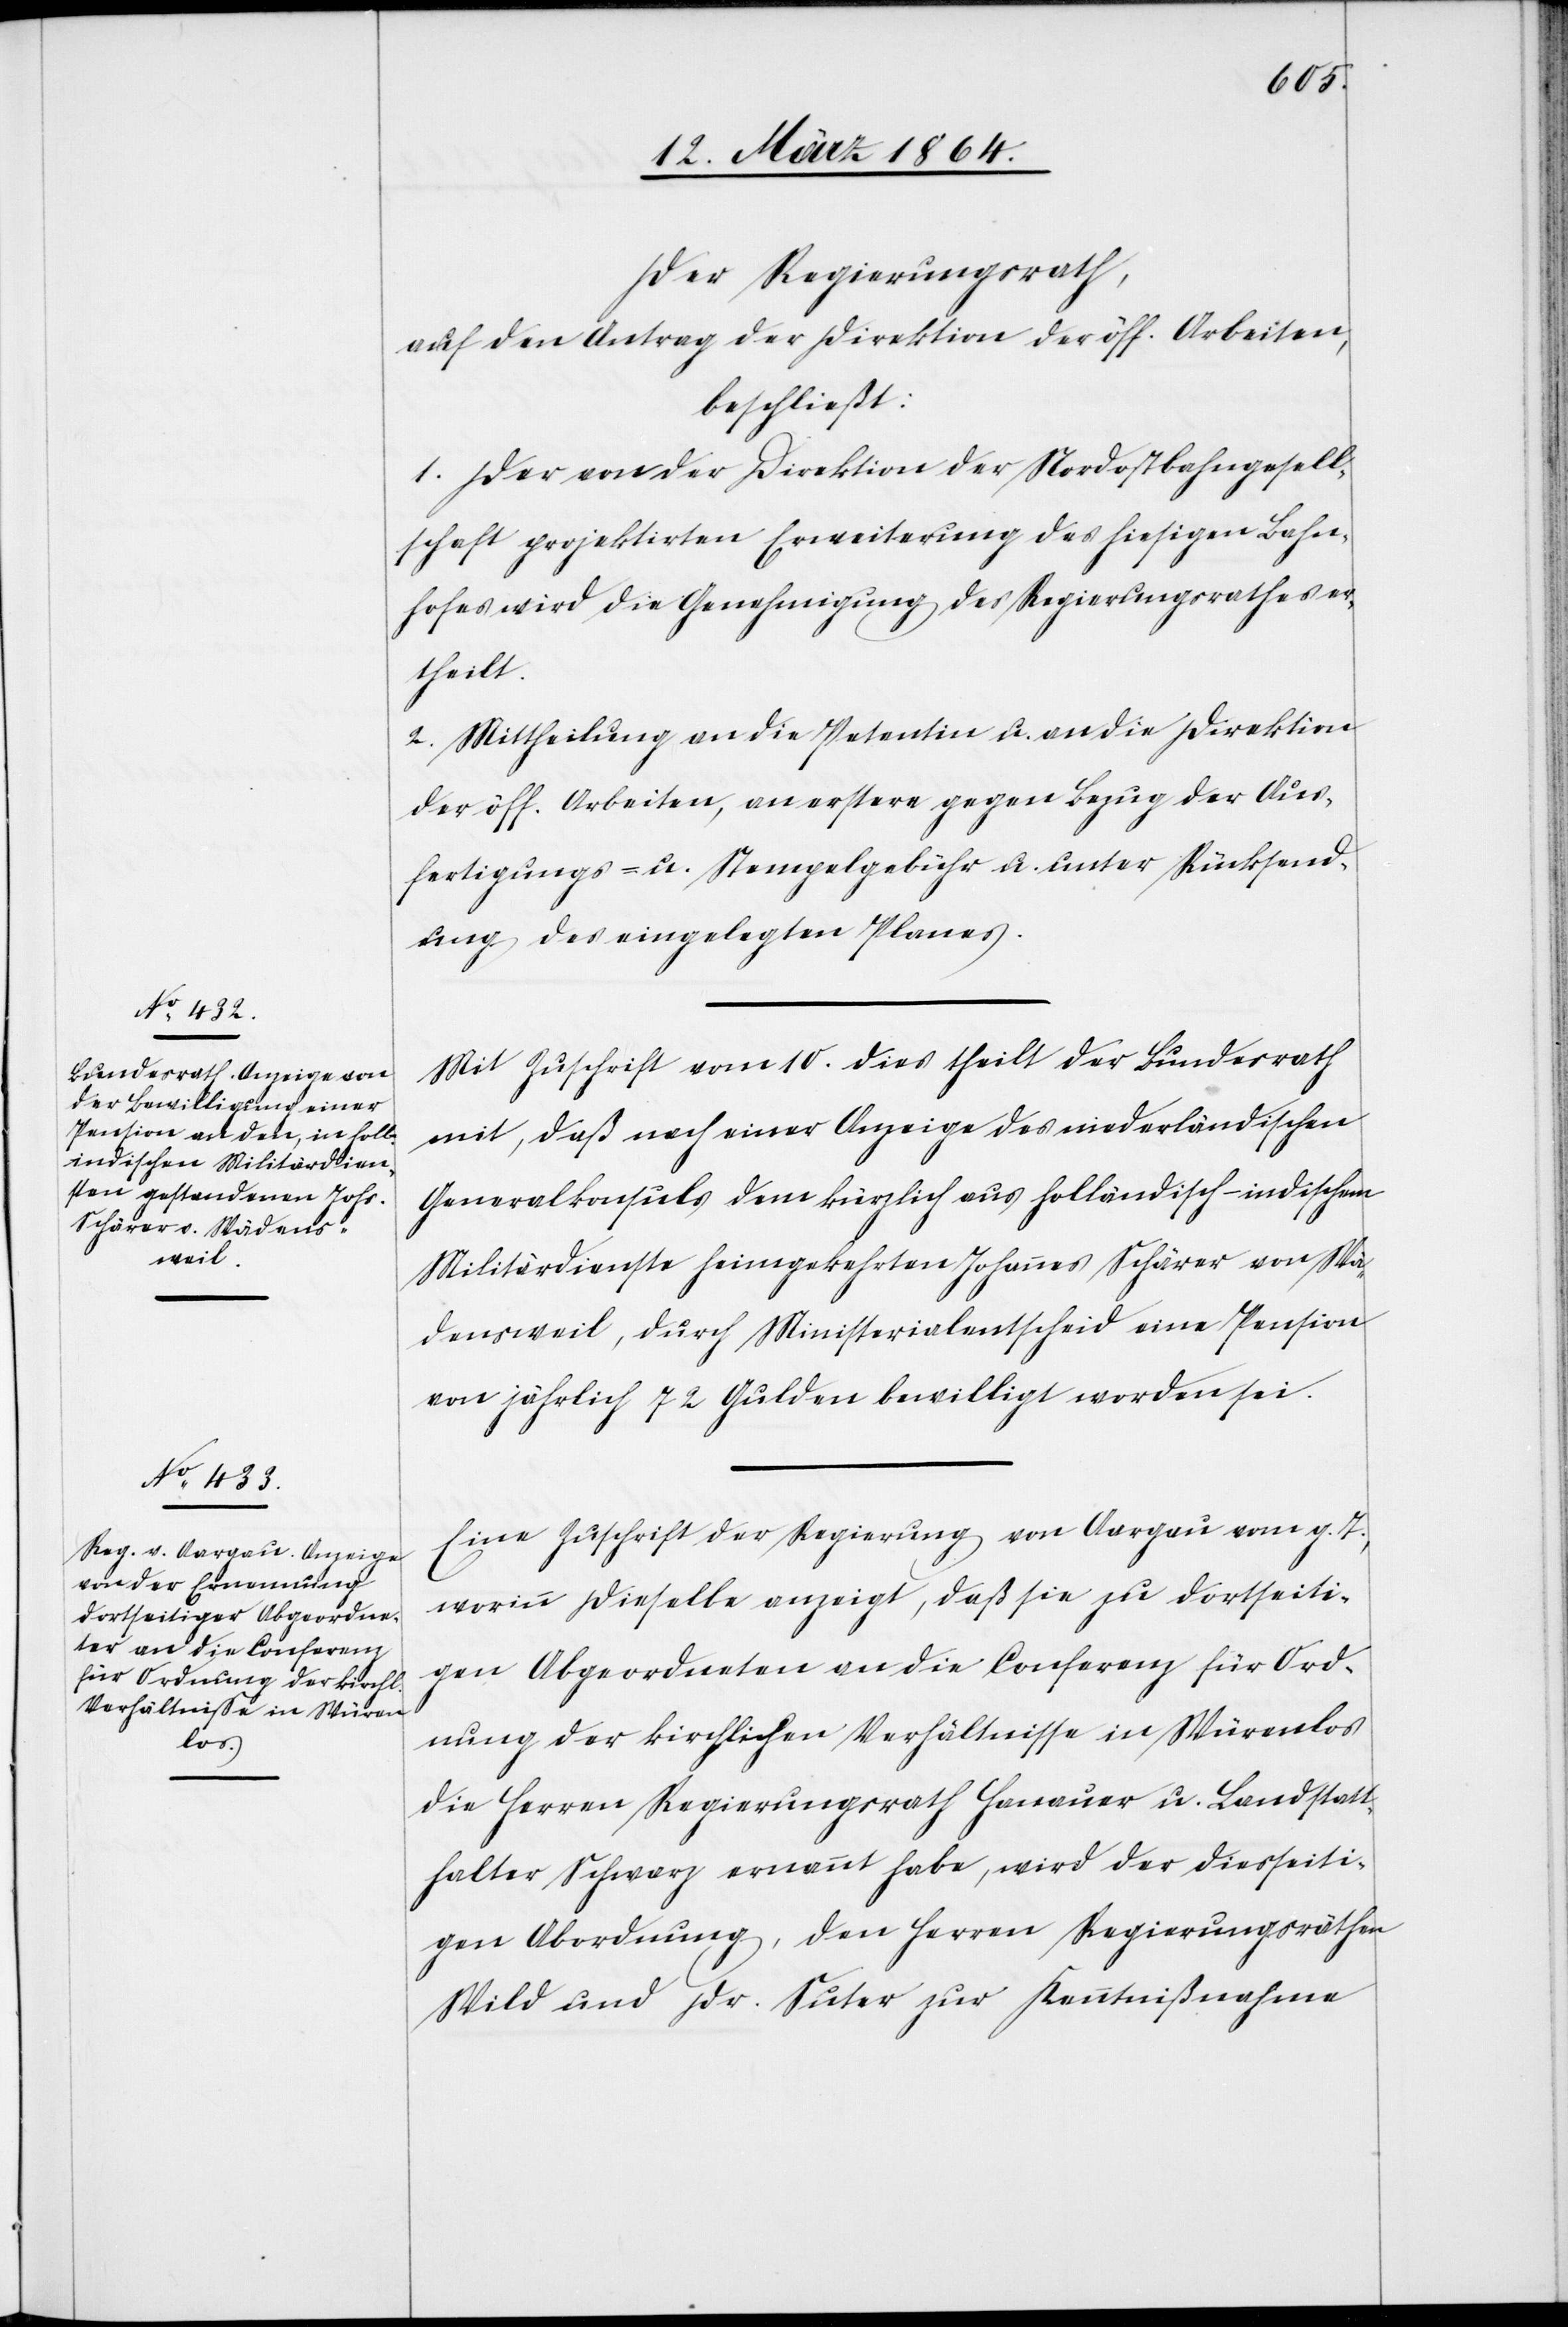
Der Regierungsrath,
auf den Antrag der Direktion der öff. Arbeiten,
beschließt:
1. Der von der Direktion der Nordostbahngesell¬
schaft projektirten Erweiterung des hiesigen Bahn¬
hofes wird die Genehmigung des Regierungsrathes er¬
theilt.
2. Mittheilung an die Petentin u. an die Direktion
der öff. Arbeiten, an erstere gegen Bezug der Aus¬
fertigungs- u. Stempelgebühr u. unter Rücksend¬
ung des eingelegten Planes.
Mit Zuschrift vom 10. dies theilt der Bundesrath
mit, daß nach einer Anzeige des niederländischen
Generalkonsuls dem kürzlich aus holländisch-indischem
Militärdienste heimgekehrten Johannes Schärer von Wä¬
densweil, durch Ministerialentscheid eine Pension
von jährlich 72 Gulden bewilligt worden sei.
Eine Zuschrift der Regierung von Aargau vom g. T.,
worinn [sic!] dieselbe anzeigt, daß sie zu dortseiti¬
gen Abgeordneten an die Conferenz für Ord¬
nung der kirchlichen Verhältnisse in Würenlos
die Herren Regierungsrath Hanauer u. Landstatt¬
halter Schwarz ernannt habe, wird der diesseiti¬
gen Abordnung, den Herren Regierungsräthen
Wild und Dr. Suter zur Kenntnißnahme